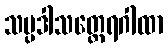
သပ္ပဒါသတ္ထေရဂါထာ